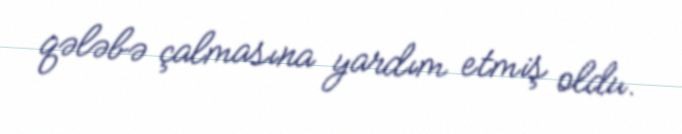
qələbə çalmasına yardım etmiş oldu.